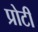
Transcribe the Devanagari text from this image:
प्रोटी